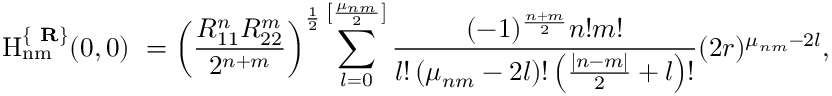
\mathrm { ~ H _ { n m } ^ { \{ { \bf ~ R } \} } ( 0 , 0 ) ~ } = \left( \frac { R _ { 1 1 } ^ { n } R _ { 2 2 } ^ { m } } { 2 ^ { n + m } } \right) ^ { \frac 1 2 } \sum _ { l = 0 } ^ { \left[ \frac { \mu _ { n m } } 2 \right] } \frac { ( - 1 ) ^ { \frac { n + m } 2 } n ! m ! } { l ! \left( \mu _ { n m } - 2 l \right) ! \left( \frac { | n - m | } 2 + l \right) ! } ( 2 r ) ^ { \mu _ { n m } - 2 l } ,